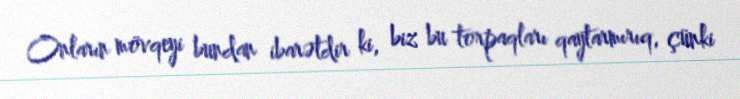
Onların mövqeyi bundan ibarətdir ki, biz bu torpaqları qaytarmırıq, çünki